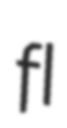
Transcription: fl